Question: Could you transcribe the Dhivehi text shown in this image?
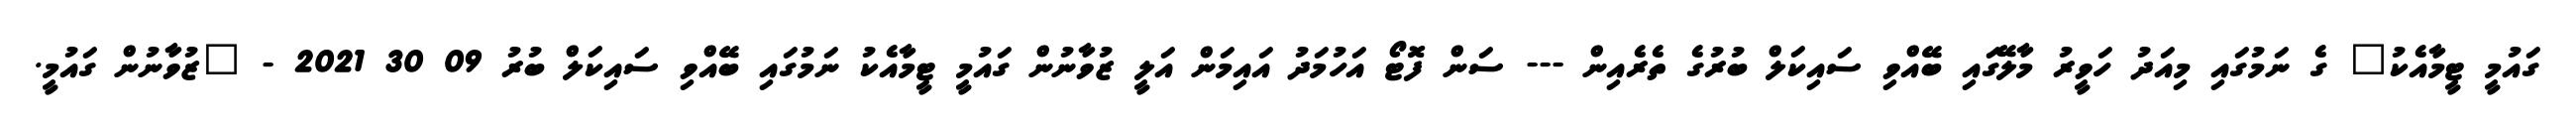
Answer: ގައުމީ ޓީމާއެކު" ގެ ނަމުގައި މިއަދު ހަވީރު މާލޭގައި ބޭއްވި ސައިކަލް ބުރުގެ ތެރެއިން --- ސަން ފޮޓޯ އަހުމަދު އައިމަން އަލީ ޒުވާނުން ގައުމީ ޓީމާއެކު ނަމުގައި ބޭއްވި ސައިކަލް ބުރު 09 30 2021 - "ޒުވާނުން ގައުމީ.